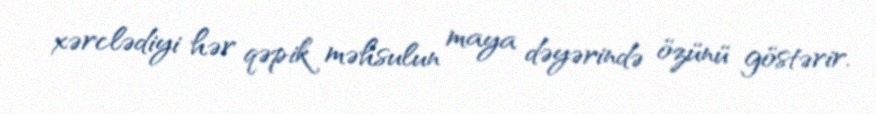
xərclədiyi hər qəpik məhsulun maya dəyərində özünü göstərir.